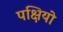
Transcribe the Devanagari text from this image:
पक्षियो